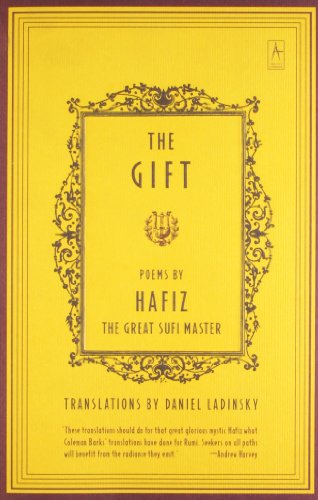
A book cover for The Gift; Hafiz; Literature & Fiction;